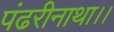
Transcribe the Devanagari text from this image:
पंढरीनाथा।।